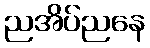
ညအိပ်ညနေ